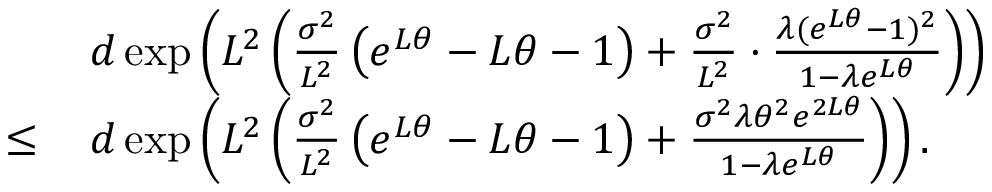
\begin{array} { r l } & { d \exp \left( L ^ { 2 } \left( \frac { \sigma ^ { 2 } } { L ^ { 2 } } \left( e ^ { L \theta } - L \theta - 1 \right) + \frac { \sigma ^ { 2 } } { L ^ { 2 } } \cdot \frac { \lambda ( e ^ { L \theta } - 1 ) ^ { 2 } } { 1 - \lambda e ^ { L \theta } } \right) \right) } \\ { \leq \, } & { d \exp \left( L ^ { 2 } \left( \frac { \sigma ^ { 2 } } { L ^ { 2 } } \left( e ^ { L \theta } - L \theta - 1 \right) + \frac { \sigma ^ { 2 } \lambda \theta ^ { 2 } e ^ { 2 L \theta } } { 1 - \lambda e ^ { L \theta } } \right) \right) . } \end{array}